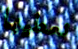
نعطيها